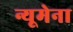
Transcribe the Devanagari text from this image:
न्यूमेना